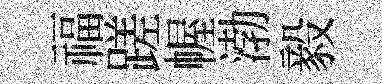
福蹉幄渤毅